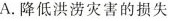
A.降低洪涝灾害的损失